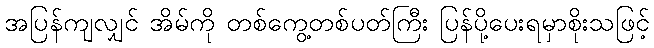
အပြန်ကျလျှင် အိမ်ကို တစ်ကွေ့တစ်ပတ်ကြီး ပြန်ပို့ပေးရမှာစိုးသဖြင့်